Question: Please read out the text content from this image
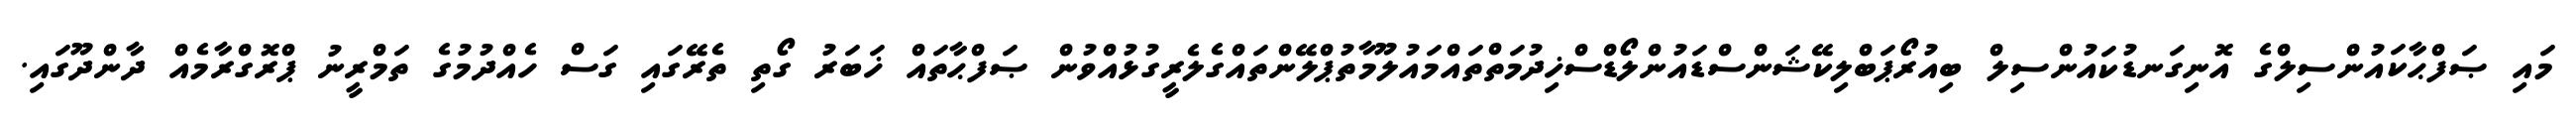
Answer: މައި ޞަފްޙާކައުންސިލްގެ އޮނިގަނޑުކައުންސިލް ބިއުރޯޕަބްލިކޭޝަންސްޑައުންލޯޑްސްޚިދުމަތްތައްމައުލޫމާތުޕްލޭންތައްގެލެރީގުޅުއްވުން ޞަފްޙާތައް ޚަބަރު ގޯތި ތެރޭގައި ގަސް ހެއްދުމުގެ ތަމްރީނު ޕްރޮގްރާމެއް ދާންދޫގައި.